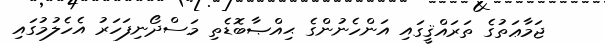
ޖަމާޢަތުގެ ތަރައްޤީގައި އަންހެނުންގެ ޙިއްޞާބޮޑެތި މަސްދޯނިފަހަރު އެހެލުމުގައި